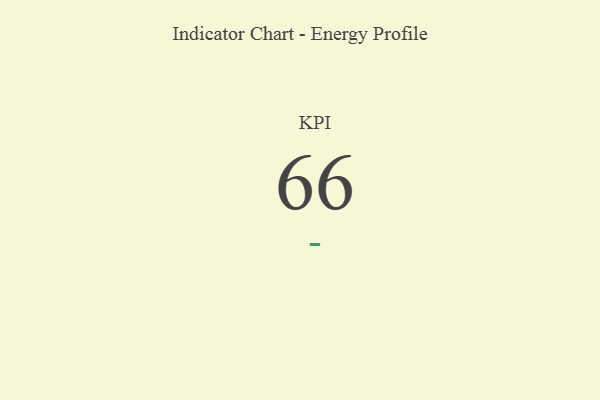
{"axis": {"x": "KPI", "y": "Value"}, "legend": [""], "data": [{"x": "KPI", "y": 66, "type": ""}]}